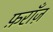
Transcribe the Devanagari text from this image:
फ़राँज़